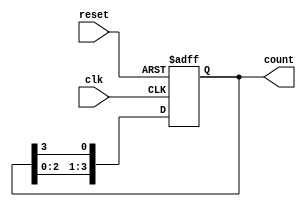
module ring_counter #(parameter N = 4) (
    input wire clk,            // Clock input
    input wire reset,          // Asynchronous reset input
    output reg [N-1:0] count   // Output representing the current state
);

    // Initial state
    initial begin
        count = 1'b1; // Start with the first flip-flop set to '1'
    end

    always @(posedge clk or posedge reset) begin
        if (reset) begin
            count <= 1'b1; // Reset to initial state
        end else begin
            // Shift the '1' bit to the left
            count <= {count[N-2:0], count[N-1]}; // Shift left and wrap around
        end
    end

endmodule